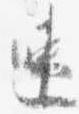
速